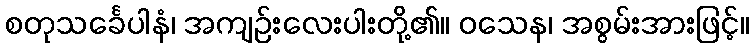
စတုသင်္ခေပါနံ၊ အကျဉ်းလေးပါးတို့၏။ ဝသေန၊ အစွမ်းအားဖြင့်။